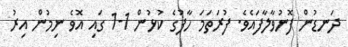
ދަނޑުން ފޮނުވާލާފައެވެ. ފުރަތަމަ ހާފުގެ ކުޅުން 1-1 ގައި އޮވެ ނިމުން އިރު